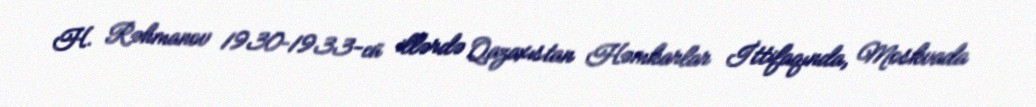
H. Rəhmanov 1930–1933-cü illərdə Qazaxıstan Həmkarlar İttifaqında, Moskvada